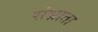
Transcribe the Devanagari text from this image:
संभ्राता